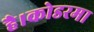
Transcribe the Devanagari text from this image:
है।कोडरमा